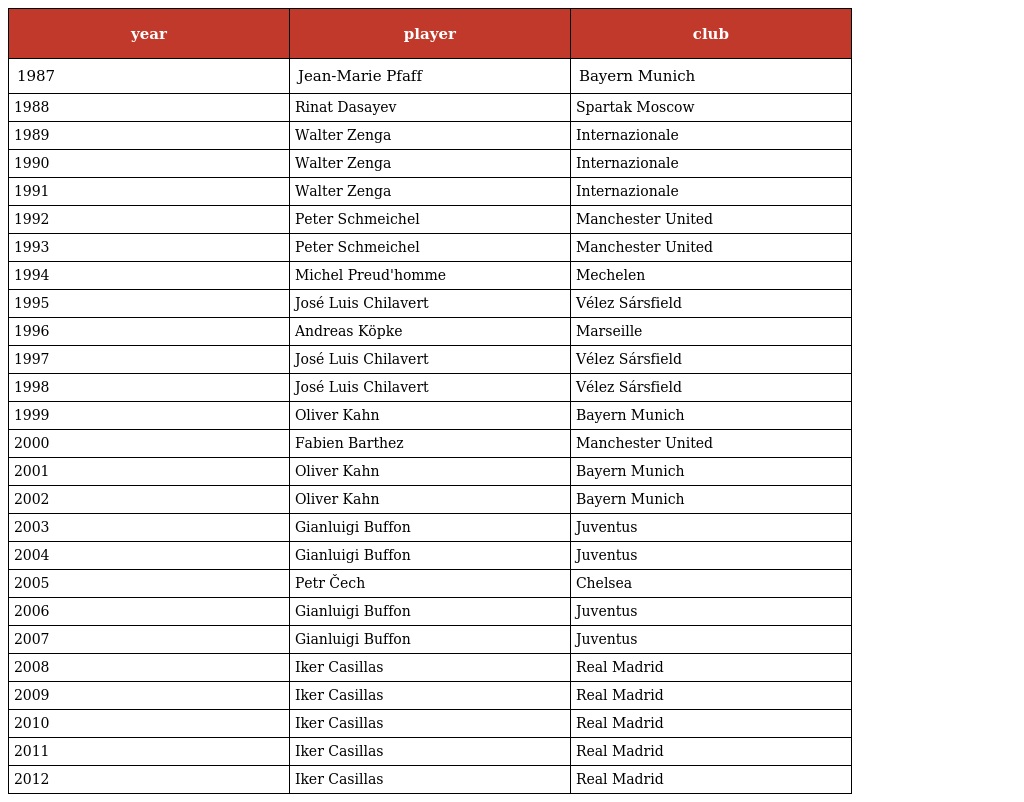
| year | player | club |
 | --- | --- | --- |
 | 1987 | Jean-Marie Pfaff | Bayern Munich |
 | 1988 | Rinat Dasayev | Spartak Moscow |
 | 1989 | Walter Zenga | Internazionale |
 | 1990 | Walter Zenga | Internazionale |
 | 1991 | Walter Zenga | Internazionale |
 | 1992 | Peter Schmeichel | Manchester United |
 | 1993 | Peter Schmeichel | Manchester United |
 | 1994 | Michel Preud'homme | Mechelen |
 | 1995 | José Luis Chilavert | Vélez Sársfield |
 | 1996 | Andreas Köpke | Marseille |
 | 1997 | José Luis Chilavert | Vélez Sársfield |
 | 1998 | José Luis Chilavert | Vélez Sársfield |
 | 1999 | Oliver Kahn | Bayern Munich |
 | 2000 | Fabien Barthez | Manchester United |
 | 2001 | Oliver Kahn | Bayern Munich |
 | 2002 | Oliver Kahn | Bayern Munich |
 | 2003 | Gianluigi Buffon | Juventus |
 | 2004 | Gianluigi Buffon | Juventus |
 | 2005 | Petr Čech | Chelsea |
 | 2006 | Gianluigi Buffon | Juventus |
 | 2007 | Gianluigi Buffon | Juventus |
 | 2008 | Iker Casillas | Real Madrid |
 | 2009 | Iker Casillas | Real Madrid |
 | 2010 | Iker Casillas | Real Madrid |
 | 2011 | Iker Casillas | Real Madrid |
 | 2012 | Iker Casillas | Real Madrid |